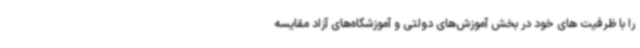
را با ظرفیت های خود در بخش آموزش‌های دولتی و آموزشگاه‌های آزاد مقایسه